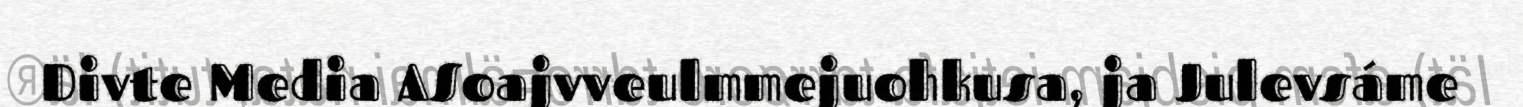
Divte Media ASoajvveulmmejuohkusa, ja Julevsáme